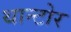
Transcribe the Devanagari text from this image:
थान्टोर